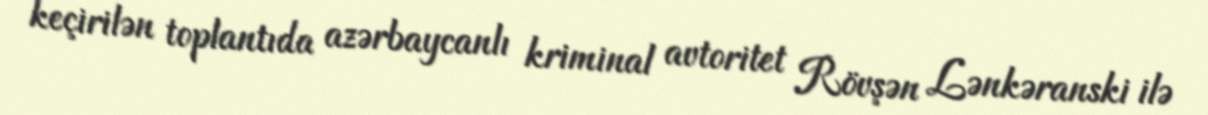
keçirilən toplantıda azərbaycanlı kriminal avtoritet Rövşən Lənkəranski ilə